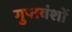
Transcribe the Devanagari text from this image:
गुप्तवंशों